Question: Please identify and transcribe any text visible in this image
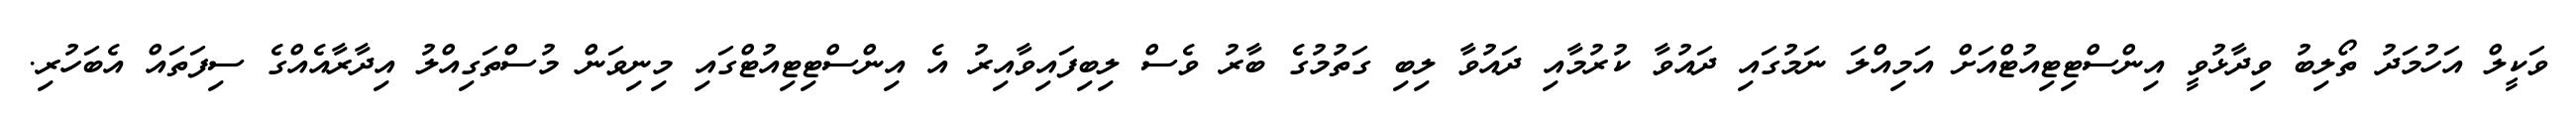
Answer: ވަކީލް އަހުމަދު ތޯލިބު ވިދާޅުވީ އިންސްޓިޓިއުޓްއަށް އަމިއްލަ ނަމުގައި ދައުވާ ކުރުމާއި ދައުވާ ލިބި ގަތުމުގެ ބާރު ވެސް ލިބިފައިވާއިރު އެ އިންސްޓިޓިއުޓްގައި މިނިވަން މުސްތަގިއްލު އިދާރާއެއްގެ ސިފަތައް އެބަހުރި.